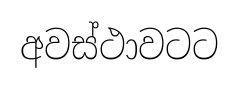
අවස්ථාවටට